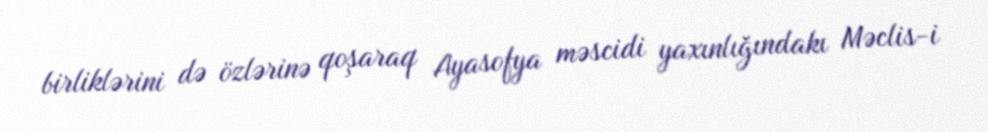
birliklərini də özlərinə qoşaraq Ayasofya məscidi yaxınlığındakı Məclis-i